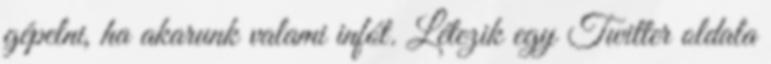
gépelni, ha akarunk valami infót. Létezik egy Twitter oldala